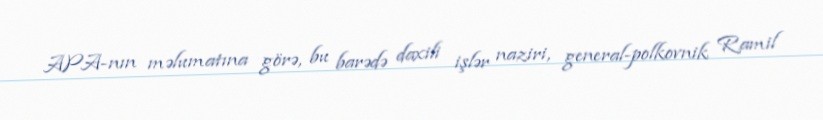
APA-nın məlumatına görə, bu barədə daxili işlər naziri, general-polkovnik Ramil